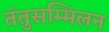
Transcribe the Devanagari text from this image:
तंतुसम्मिलन